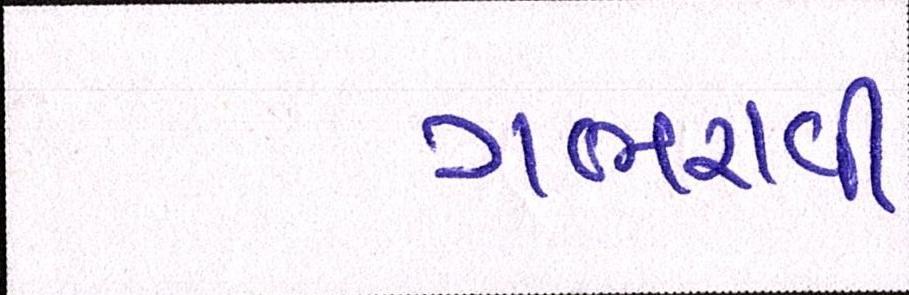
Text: ગભરાવી